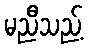
မညီသည့်